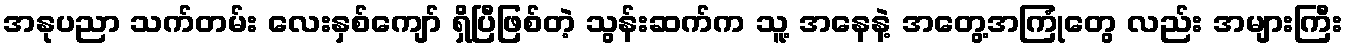
အနုပညာ သက်တမ်း လေးနှစ်ကျော် ရှိပြီဖြစ်တဲ့ သွန်းဆက်က သူ့ အနေနဲ့ အတွေ့အကြုံတွေ လည်း အများကြီး